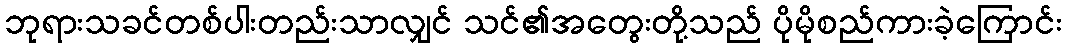
ဘုရားသခင်တစ်ပါးတည်းသာလျှင် သင်၏အတွေးတို့သည် ပိုမိုစည်ကားခဲ့ကြောင်း